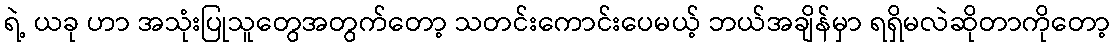
ရဲ့ ယခု ဟာ အသုံးပြုသူတွေအတွက်တော့ သတင်းကောင်းပေမယ့် ဘယ်အချိန်မှာ ရရှိမလဲဆိုတာကိုတော့